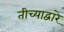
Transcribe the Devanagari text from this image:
तीच्याद्वारे